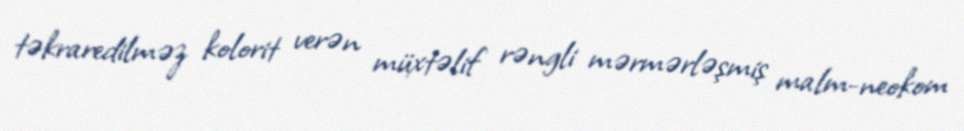
təkraredilməz kolorit verən müxtəlif rəngli mərmərləşmiş malm-neokom